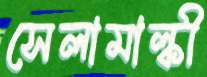
সেলামাল্কী